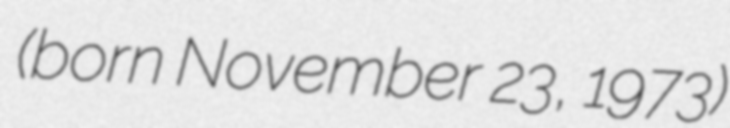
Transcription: (born November 23, 1973)